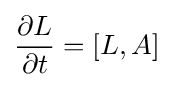
{\frac {\partial L}{\partial t}}=[L,A]